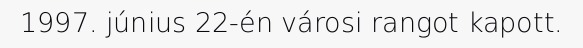
1997. június 22-én városi rangot kapott.